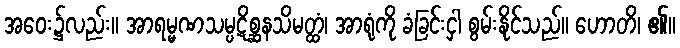
အဝေး၌လည်း။ အာရမ္မဏသမ္ပဋိစ္ဆနသိမတ္ထံ၊ အာရုံကို ခံခြင်းငှါ စွမ်းနိုင်သည်။ ဟောတိ၊ ၏။